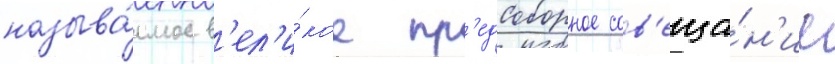
называ́емое в'ел'и́кое пр'едсоборное сов'еща́н'ие